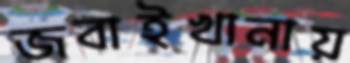
জবাইখানায়